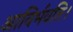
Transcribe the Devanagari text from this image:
आविर्भवति।